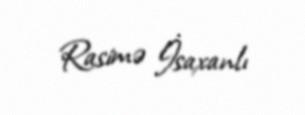
Rasimə İsaxanlı